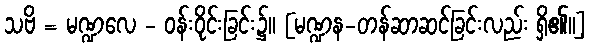
သဗိ = မဏ္ဍလေ - ဝန်းဝိုင်းခြင်း၌။ [မဏ္ဍန-တန်ဆာဆင်ခြင်းလည်း ရှိ၏၊၊]